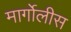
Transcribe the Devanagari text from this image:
मार्गोलीस